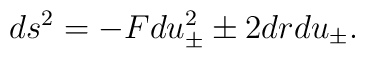
ds^2=-Fdu_{\pm}^2\pm 2dr du_{\pm}.